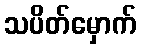
သပိတ်မှောက်